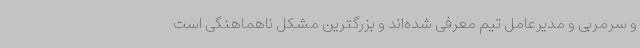
و سرمربی و مدیرعامل تیم معرفی شده‌اند و بزرگترین مشکل ناهماهنگی است